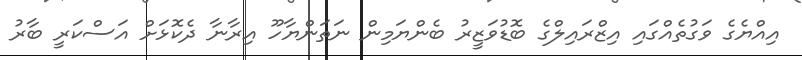
އިއްޔެގެ ވަގުތެއްގައި އިޒްރައިލްގެ ބޮޑުވަޒީރު ބެންޔަމިން ނަތަންޔާހޫ އިރާނާ ދެކޮޅަށް އަސްކަރީ ބާރު